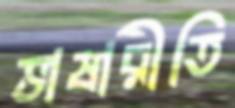
ভাষারীতি